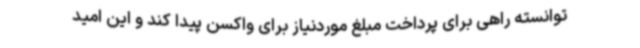
توانسته راهی برای پرداخت مبلغ موردنیاز برای واکسن پیدا کند و این امید